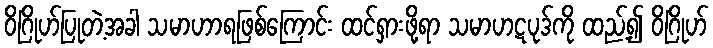
ဝိဂြိုဟ်ပြုတဲ့အခါ သမာဟာရဖြစ်ကြောင်း ထင်ရှားဖို့ရာ သမာဟဋပုဒ်ကို ထည့်၍ ဝိဂြိုဟ်